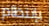
بإنتظام